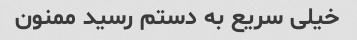
خیلی سریع به دستم رسید ممنون